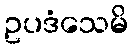
ဥပဒံသေမိ